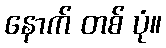
နောက် တစ် ပုံ။